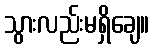
သွားလည်းမရှိချေ။